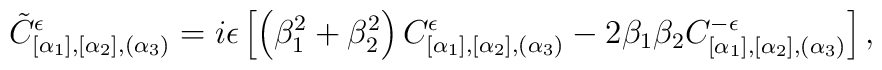
\tilde{C}_{[\alpha_1],[\alpha _2],(\alpha _3)}^\epsilon =i\epsilon\left[\left( \beta_1^2+\beta_2^2\right) C_{[\alpha_1],[\alpha _2],(\alpha _3)}^\epsilon -2\beta_1\beta_2C_{[\alpha_1],[\alpha _2],(\alpha _3)}^{-\epsilon}\right],